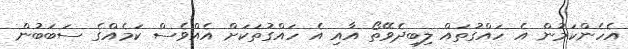
އެހެންކަމުން އެ ހައްގުތައް ލިބިދެވޭތޯ އާއި އެ ހައްގުތަކަށް އެއްވެސް ކަމެއްގެ ސަބަބުން